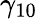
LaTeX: \gamma_{10}